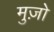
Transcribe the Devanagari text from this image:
मुज़ो